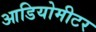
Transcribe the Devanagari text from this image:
आडियोमीटर